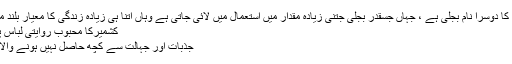
حیات کا دوسرا نام بجلی ہے ، جہاں جسقدر بجلی جتنی زیادہ مقدار میں استعمال میں لائی جاتی ہے وہاں اتنا ہی زیادہ زندگی کا معیار بلند ملتاہے
کشمیرکا محبوب روایتی لباس پھیرن
جذبات اور جہالت سے کچھ حاصل نہیں ہونے والا ہے ۔